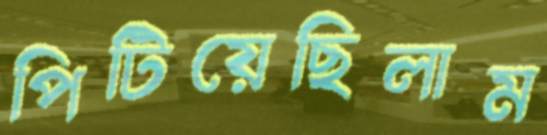
পিটিয়েছিলাম